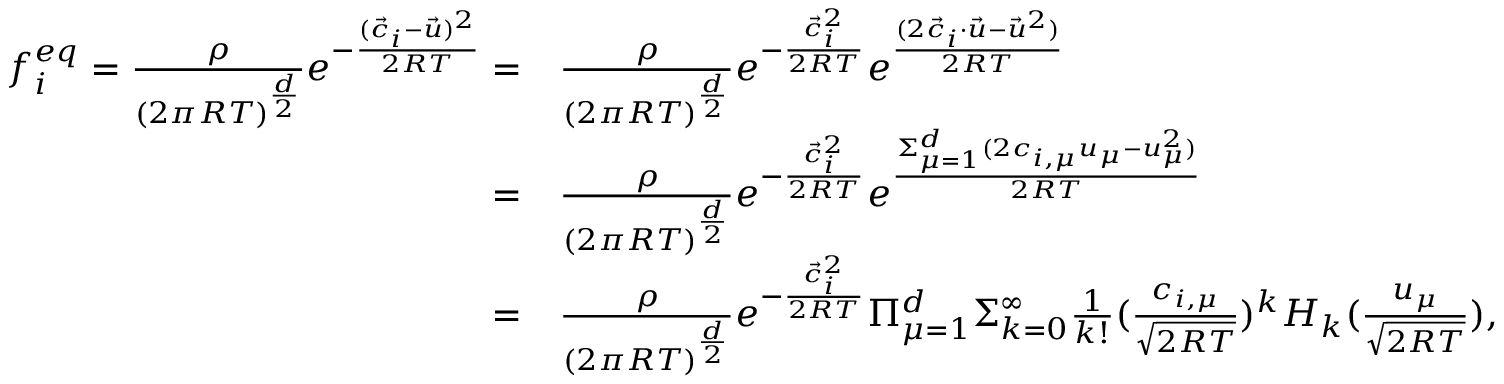
\begin{array} { r l } { f _ { i } ^ { e q } = \frac { \rho } { ( 2 \pi R T ) ^ { \frac { d } { 2 } } } e ^ { - \frac { ( \Vec { c } _ { i } - \Vec { u } ) ^ { 2 } } { 2 R T } } = } & { \frac { \rho } { ( 2 \pi R T ) ^ { \frac { d } { 2 } } } e ^ { - \frac { \Vec { c } _ { i } ^ { 2 } } { 2 R T } } e ^ { \frac { ( 2 \Vec { c } _ { i } \cdot \Vec { u } - \Vec { u } ^ { 2 } ) } { 2 R T } } } \\ { = } & { \frac { \rho } { ( 2 \pi R T ) ^ { \frac { d } { 2 } } } e ^ { - \frac { \Vec { c } _ { i } ^ { 2 } } { 2 R T } } e ^ { \frac { \Sigma _ { \mu = 1 } ^ { d } ( 2 c _ { i , \mu } u _ { \mu } - { u } _ { \mu } ^ { 2 } ) } { 2 R T } } } \\ { = } & { \frac { \rho } { ( 2 \pi R T ) ^ { \frac { d } { 2 } } } e ^ { - \frac { \Vec { c } _ { i } ^ { 2 } } { 2 R T } } \Pi _ { \mu = 1 } ^ { d } \Sigma _ { k = 0 } ^ { \infty } \frac { 1 } { k ! } ( \frac { c _ { i , \mu } } { \sqrt { 2 R T } } ) ^ { k } H _ { k } ( \frac { u _ { \mu } } { \sqrt { 2 R T } } ) , } \end{array}